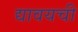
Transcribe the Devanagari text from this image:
द्यावयची